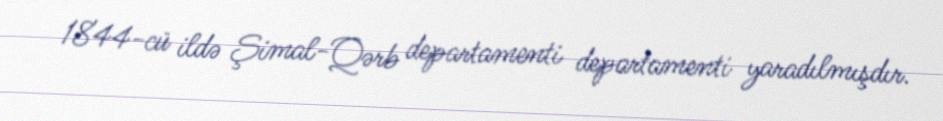
1844-cü ildə Şimal-Qərb departamenti departamenti yaradılmışdır.